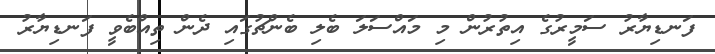
ފަނޑިޔާރު ސަމީރުގެ އިތުރުން މި މައްސަލަ ބެލި ބެންޗުގައި ދެން ތިއްބެވީ ފަނޑިޔާރު